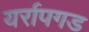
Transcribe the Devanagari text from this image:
यर्रापगड